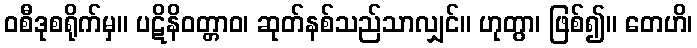
ဝစီဒုစရိုက်မှ။ ပဋိနိဝတ္တာဝ၊ ဆုတ်နစ်သည်သာလျှင်။ ဟုတွာ၊ ဖြစ်၍။ တေဟိ၊